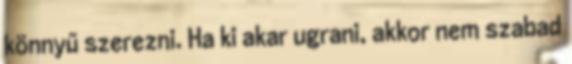
könnyű szerezni. Ha ki akar ugrani, akkor nem szabad